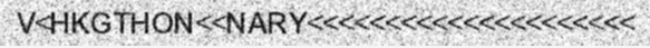
V<HKGTHON<<NARY<<<<<<<<<<<<<<<<<<<<<